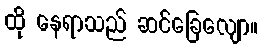
ထို နေရာသည် ဆင်ခြေလျော။